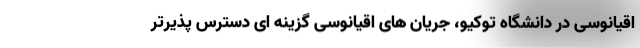
اقیانوسی در دانشگاه توکیو، جریان های اقیانوسی گزینه ای دسترس پذیرتر